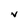
Character: v